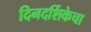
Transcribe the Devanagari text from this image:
दिनदर्शिकेचा